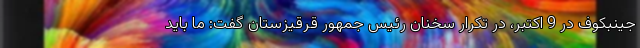
جینبکوف در 9 اکتبر، در تکرار سخنان رئیس جمهور قرقیزستان گفت: ما باید